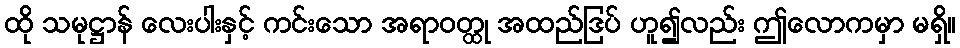
ထို သမုဋ္ဌာန် လေးပါးနှင့် ကင်းသော အရာဝတ္ထု အထည်ဒြပ် ဟူ၍လည်း ဤလောကမှာ မရှိ။